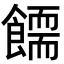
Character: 𩞪